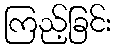
ကြည့်ခြင်း